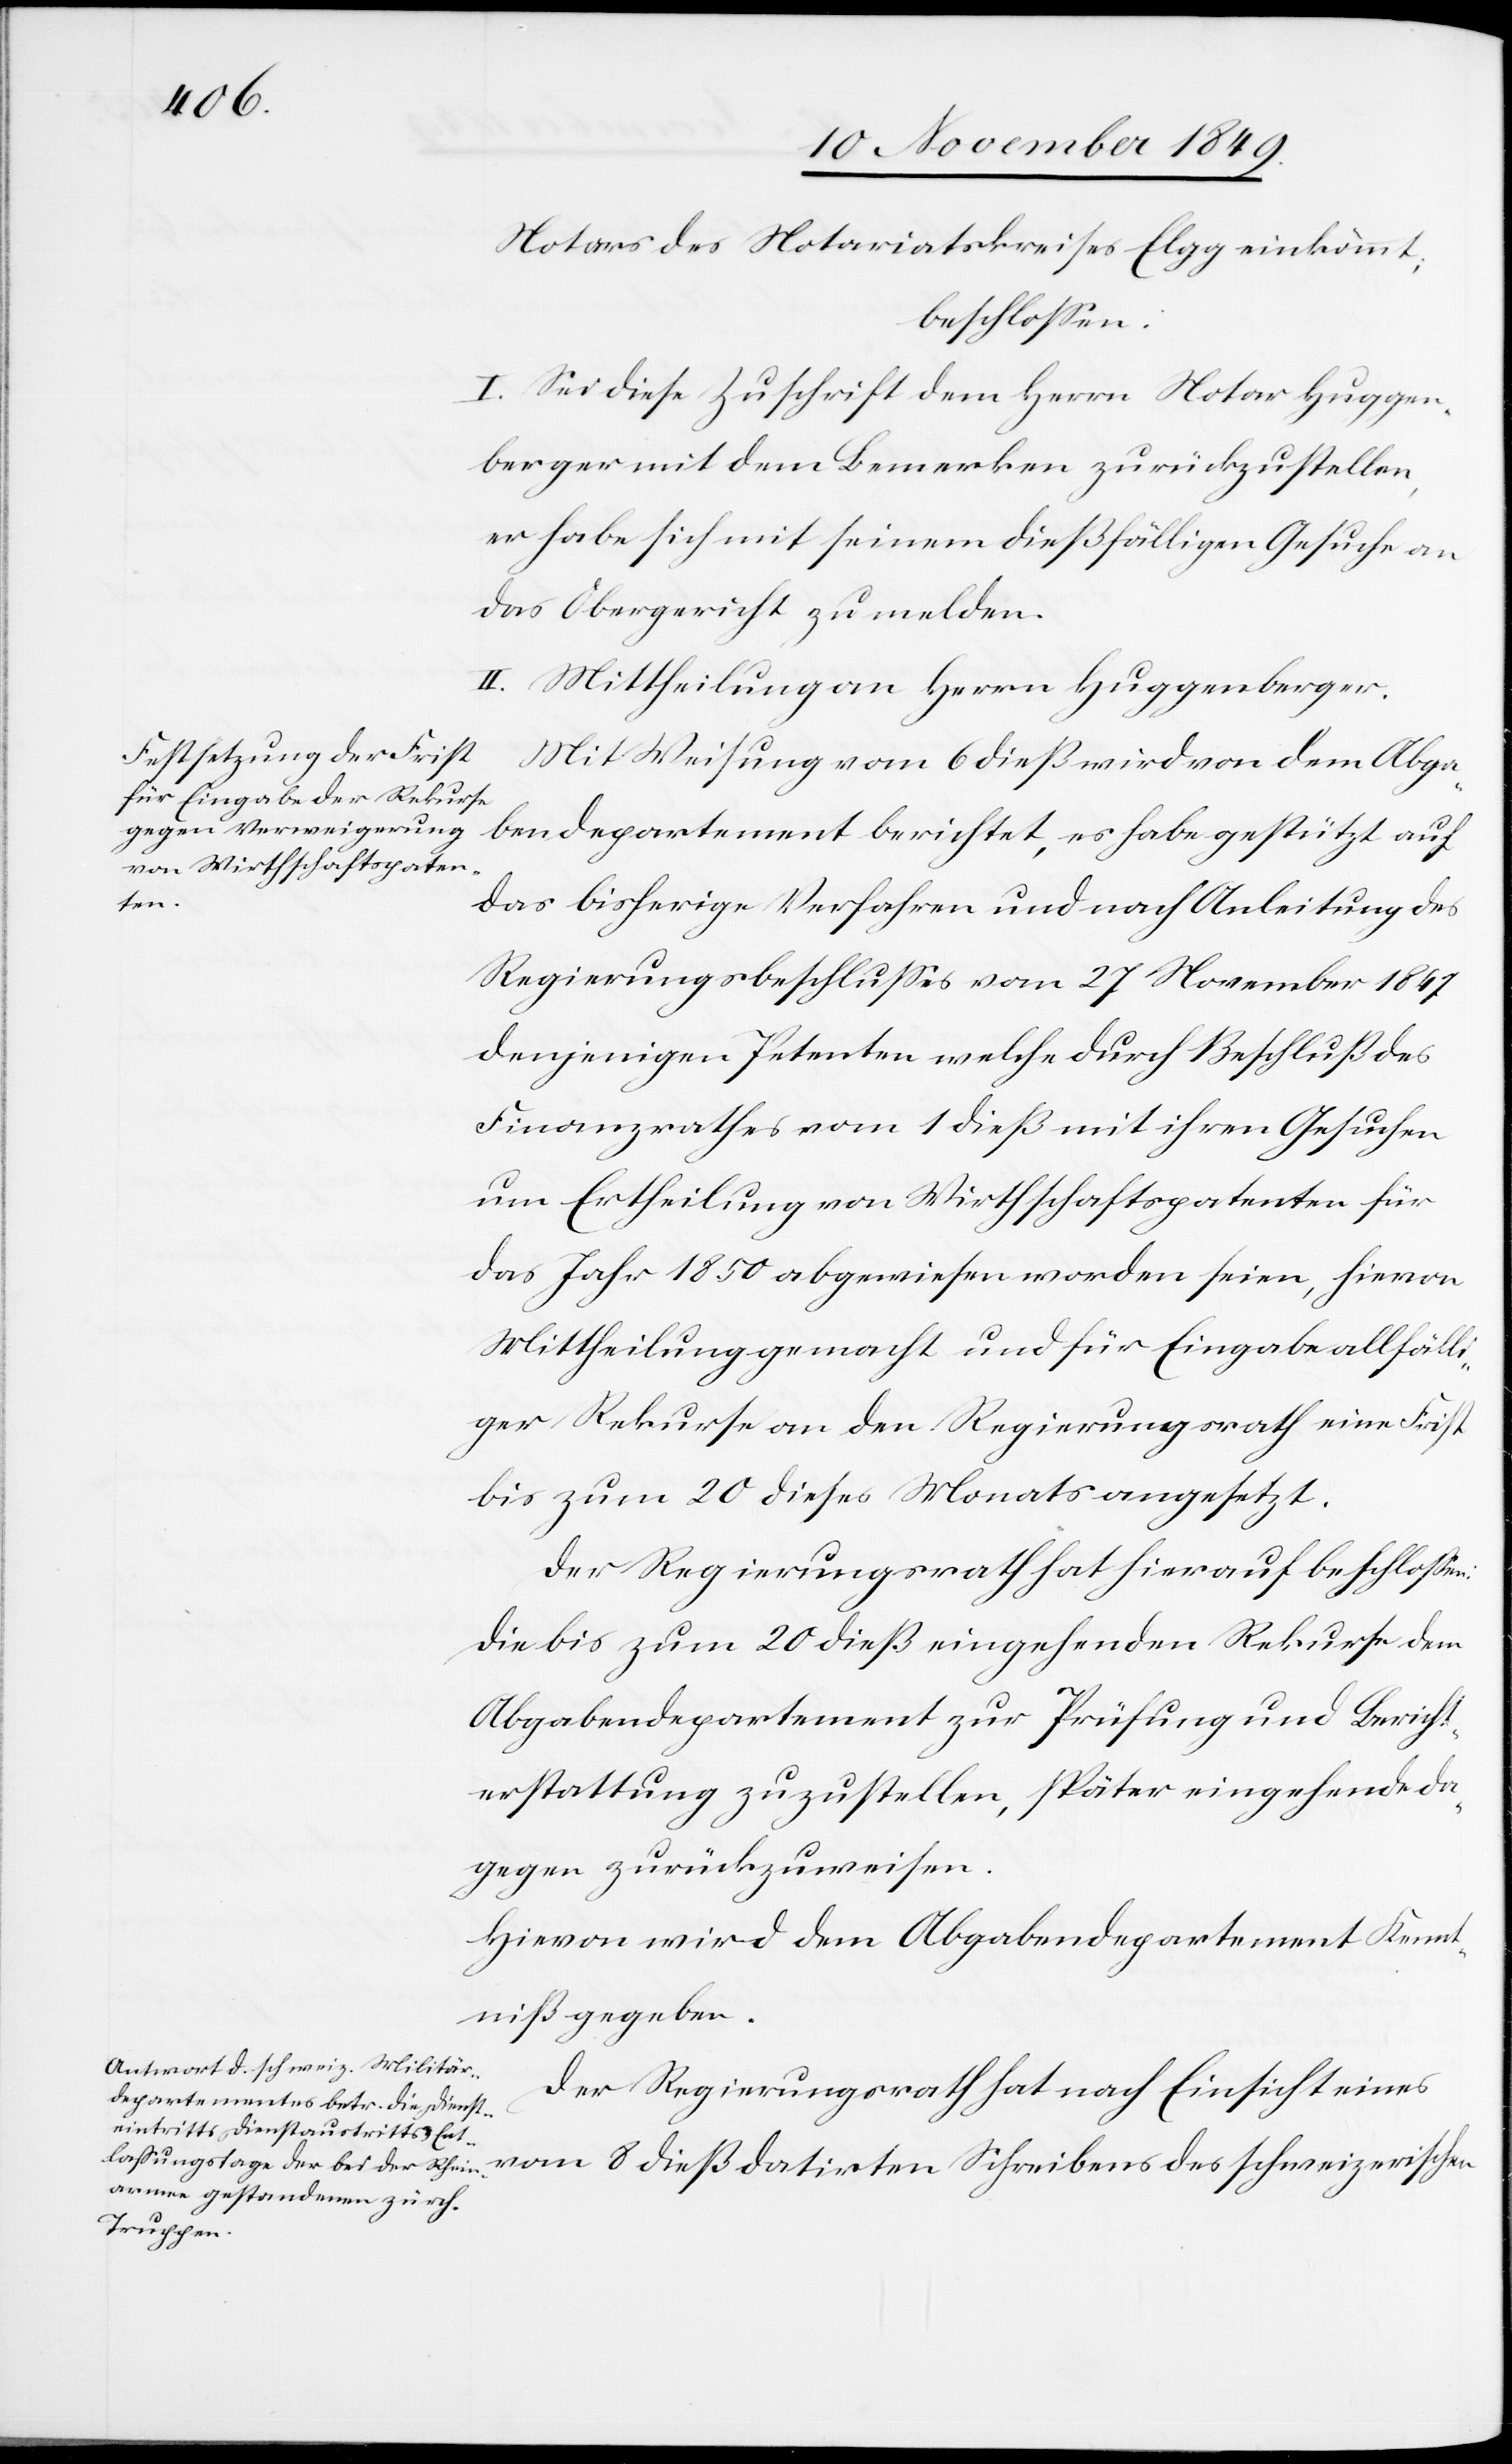
Notars des Notariatskreises Elgg einkömmt,
beschloßen:
I. Sei diese Zuschrift dem Herrn Notar Huggen¬
berger mit dem Bemerken zurückzustellen,
er habe sich mit seinem dießfälligen Gesuche an
das Obergericht zu melden.
II. Mittheilung an Herrn Huggenberger.
Mit Weisung vom 6 dieß wird von dem Abga¬
bendepartement berichtet, es habe gestützt auf
das bisherige Verfahren und nach Anleitung des
Regierungsbeschlußes vom 27 November 1847
denjenigen Petenten welche durch Beschluß des
Finanzrathes vom 1 dieß mit ihren Gesuchen
um Ertheilung von Wirthschaftspatenten für
das Jahr 1850 abgewiesen worden seien, hievon
Mittheilung gemacht und für Eingabe allfälli¬
ger Rekurse an den Regierungsrath eine Frist
bis zum 20 dieses Monats angesetzt.
Der Regierungsrath hat hierauf beschloßen:
die bis zum 20 dieß eingehenden Rekurse dem
Abgabendepartement zur Prüfung und Bericht¬
erstattung zuzustellen, später eingehende da¬
gegen zurückzuweisen.
Hievon wird dem Abgabendepartement Kennt¬
niß gegeben.
Der Regierungsrath hat nach Einsicht eines
vom 8 dieß datirten Schreibens des schweizerischen